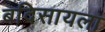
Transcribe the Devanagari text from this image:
बदिसायला